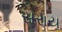
સરાય